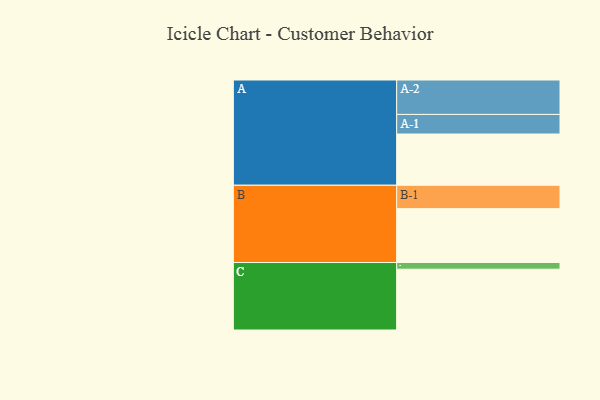
{"axis": {"x": "Segment", "y": "Value"}, "legend": ["", "A", "B", "C"], "data": [{"x": "A", "y": 445, "type": ""}, {"x": "B", "y": 468, "type": ""}, {"x": "C", "y": 528, "type": ""}, {"x": "A-1", "y": 170, "type": "A"}, {"x": "A-2", "y": 299, "type": "A"}, {"x": "B-1", "y": 203, "type": "B"}, {"x": "C-1", "y": 58, "type": "C"}]}